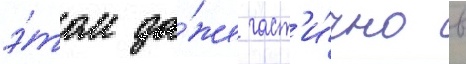
э́том да́же част'и́чно в